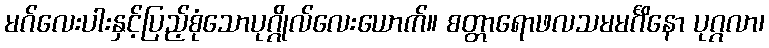
မဂ်လေးပါးနှင့်ပြည့်စုံသောပုဂ္ဂိုလ်လေးယောက်။ စတ္တာရောဖလသမမင်္ဂိနော ပုဂ္ဂလာ၊